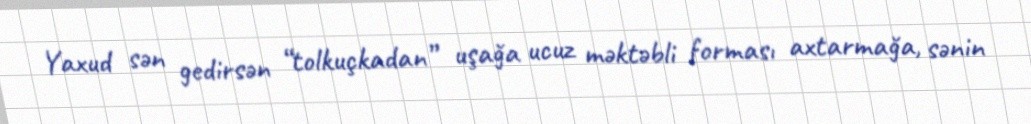
Yaxud sən gedirsən “tolkuçkadan” uşağa ucuz məktəbli forması axtarmağa, sənin